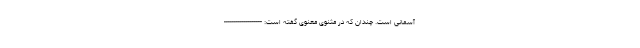
آسمانی است. چندان که در مثنوی معنوی گفته است: -------------------